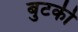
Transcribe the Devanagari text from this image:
बुटकी